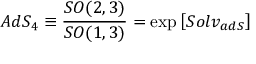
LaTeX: A d S _ { 4 } \equiv \frac { S O ( 2 , 3 ) } { S O ( 1 , 3 ) } = \exp \left[ S o l v _ { a d S } \right]